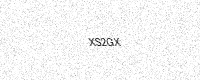
Text: XS2GX